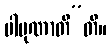
ပါပုဏာတီ”တိ။